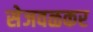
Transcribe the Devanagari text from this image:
सेजवळकर